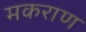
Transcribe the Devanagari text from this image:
मकराण